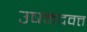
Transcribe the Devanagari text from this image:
उषमदवत्त